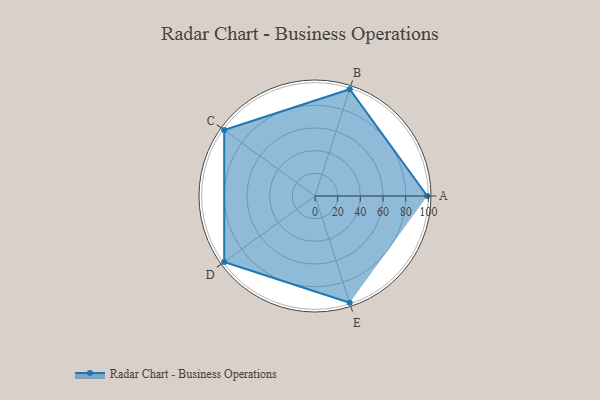
{"axis": {"x": "Skill", "y": "Score"}, "legend": ["Profile"], "data": [{"x": "A", "y": 99, "type": "Profile"}, {"x": "B", "y": 99, "type": "Profile"}, {"x": "C", "y": 99, "type": "Profile"}, {"x": "D", "y": 99, "type": "Profile"}, {"x": "E", "y": 99, "type": "Profile"}]}